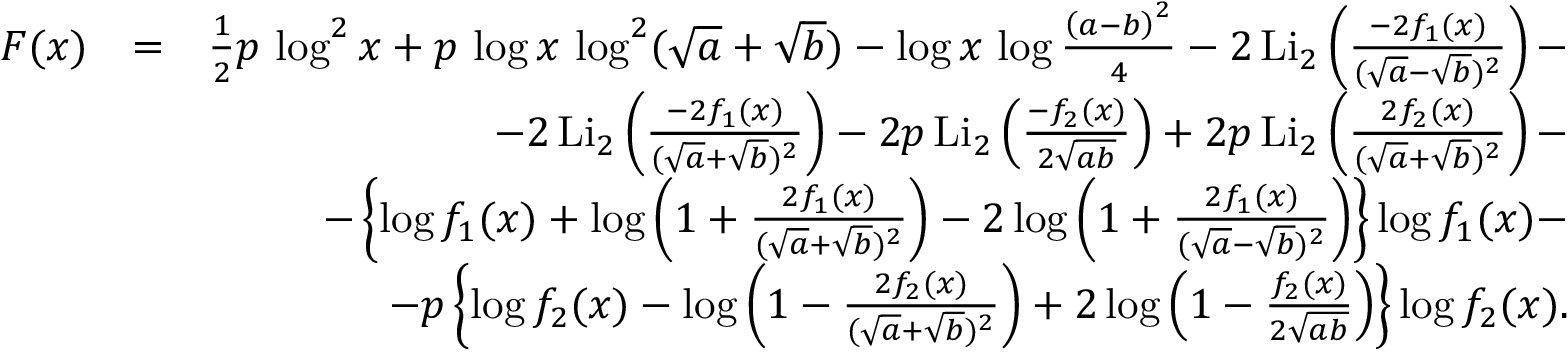
\begin{array} { r l r } { F ( x ) } & { = } & { \frac { 1 } { 2 } p \, \log ^ { 2 } x + p \, \log x \, \log ^ { 2 } ( \sqrt { a } + \sqrt { b } ) - \log x \, \log \frac { \left( a - b \right) ^ { 2 } } { 4 } - 2 \, \mathrm { L i } _ { 2 } \left( \frac { - 2 f _ { 1 } ( x ) } { ( \sqrt { a } - \sqrt { b } ) ^ { 2 } } \right) - } \\ & { } & { - 2 \, \mathrm { L i } _ { 2 } \left( \frac { - 2 f _ { 1 } ( x ) } { ( \sqrt { a } + \sqrt { b } ) ^ { 2 } } \right) - 2 p \, \mathrm { L i } _ { 2 } \left( \frac { - f _ { 2 } ( x ) } { 2 \sqrt { a b } } \right) + 2 p \, \mathrm { L i } _ { 2 } \left( \frac { 2 f _ { 2 } ( x ) } { ( \sqrt { a } + \sqrt { b } ) ^ { 2 } } \right) - } \\ & { } & { - \left\{ \log f _ { 1 } ( x ) + \log \left( 1 + \frac { 2 f _ { 1 } ( x ) } { ( \sqrt { a } + \sqrt { b } ) ^ { 2 } } \right) - 2 \log \left( 1 + \frac { 2 f _ { 1 } ( x ) } { ( \sqrt { a } - \sqrt { b } ) ^ { 2 } } \right) \right\} \log f _ { 1 } ( x ) - } \\ & { } & { - p \left\{ \log f _ { 2 } ( x ) - \log \left( 1 - \frac { 2 f _ { 2 } ( x ) } { ( \sqrt { a } + \sqrt { b } ) ^ { 2 } } \right) + 2 \log \left( 1 - \frac { f _ { 2 } ( x ) } { 2 \sqrt { a b } } \right) \right\} \log f _ { 2 } ( x ) . } \end{array}